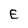
Character: E